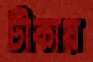
টীকায়